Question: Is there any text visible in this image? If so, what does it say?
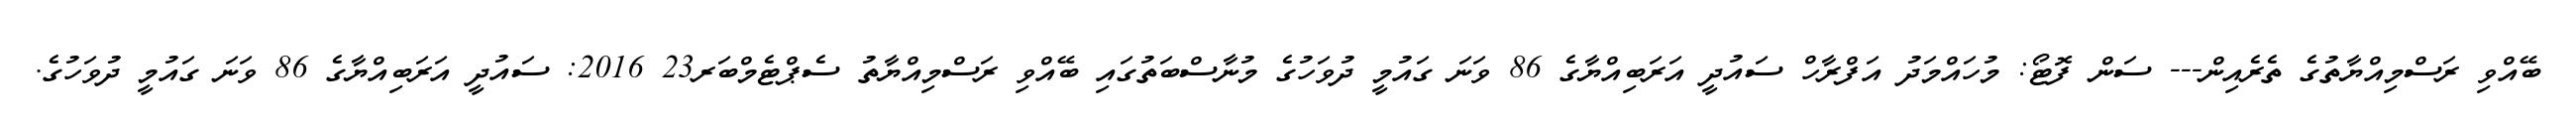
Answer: ބޭއްވި ރަސްމިއްޔާތުގެ ތެރެއިން--- ސަން ފޮޓޯ: މުހައްމަދު އަފްރާހް ސައުދީ އަރަބިއްޔާގެ 86 ވަނަ ގައުމީ ދުވަހުގެ މުނާސްބަތުގައި ބޭއްވި ރަސްމިއްޔާތު ސެޕްޓެމްބަރ23 2016: ސައުދީ އަރަބިއްޔާގެ 86 ވަނަ ގައުމީ ދުވަހުގެ.